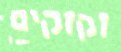
זקוקים